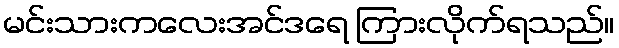
မင်းသားကလေးအင်ဒရေ ကြားလိုက်ရသည်။